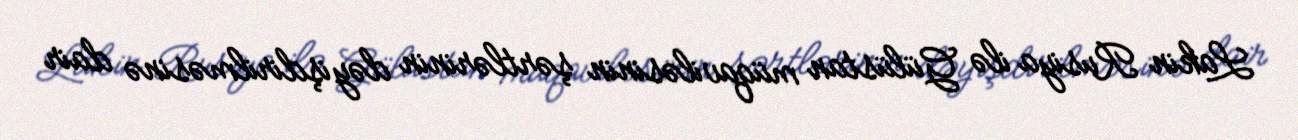
Lakin Rusiya ilə Gülüstan müqaviləsinin şərtlərinin dəyişdirilməsinə dair